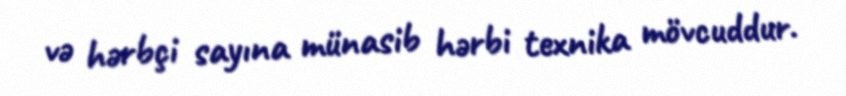
və hərbçi sayına münasib hərbi texnika mövcuddur.